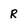
Character: R